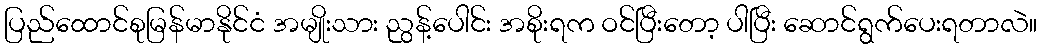
ပြည်ထောင်စုမြန်မာနိုင်ငံ အမျိုးသား ညွန့်ပေါင်း အစိုးရက ဝင်ပြီးတော့ ပါပြီး ဆောင်ရွက်ပေးရတာလဲ။